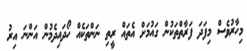
މިހާރުވެސް މިފަދަ ފަރާތްތަކުން ގައުމަށް އެތައް ރީތި ނަންތަކެއް ހޯދައިދެމުން އަންނަ އިރު